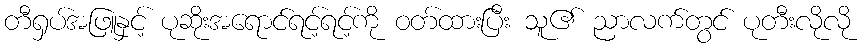
တီရှပ်အဖြူနှင့် ပုဆိုးအရောင်ရင့်ရင့်ကို ဝတ်ထားပြီး သူ၏ ညာလက်တွင် ပုတီးလိုလို